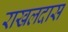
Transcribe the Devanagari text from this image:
राखलदास